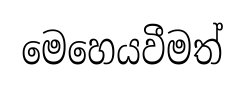
මෙහෙයවීමත්